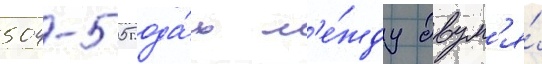
504-505 года́х м'е́жду двум'я́